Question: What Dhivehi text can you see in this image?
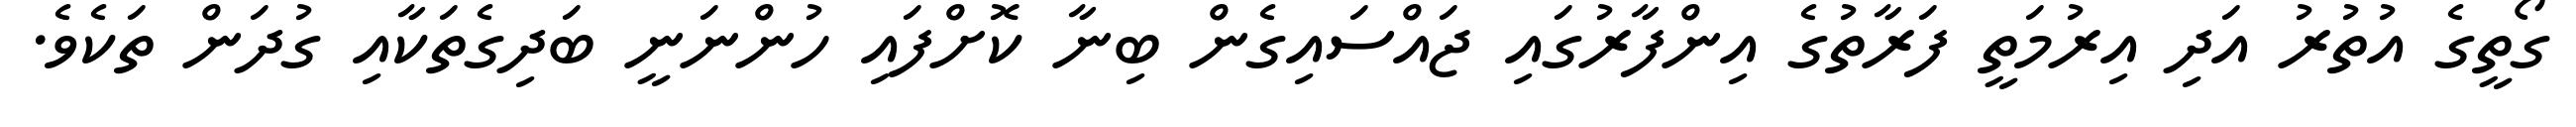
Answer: ގޯތީގެ އުތުރު އަދި އިރުމަތީ ފަރާތުގެ އިންފާރުގައި ޖައްސައިގެން ބިނާ ކޮށްފައި ހުންނަނީ ބަދިގެތަކާއި ގުދަން ތަކެވެ.